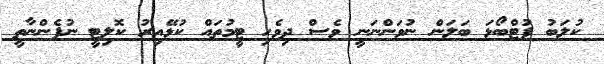
ކުލަބު ފުޓްބޯޅަ ބަލަން ނުވަންނަނީ ވެސް ދިވެހި ޓީމުތައް ކުޅޭއިރު ކޮލިޓީ ނުފެންނާތީ